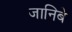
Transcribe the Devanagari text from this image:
जानिबे